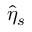
\hat { \eta } _ { s }